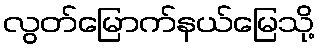
လွတ်မြောက်နယ်မြေသို့